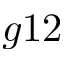
g 1 2